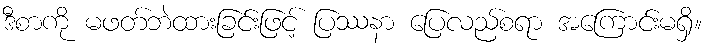
ဒီစာကို မဖတ်ဘဲထားခြင်းဖြင့် ပြဿနာ ပြေလည်စရာ အကြောင်းမရှိ။